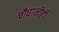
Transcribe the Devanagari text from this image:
चौघांनीही